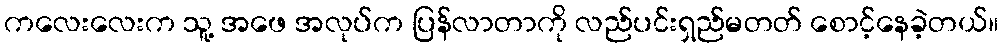
ကလေးလေးက သူ့ အဖေ အလုပ်က ပြန်လာတာကို လည်ပင်းရှည်မတတ် စောင့်နေခဲ့တယ်။